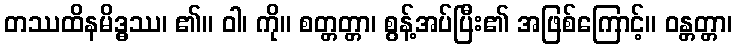
တဿထိနမိဒ္ဓဿ၊ ၏။ ဝါ၊ ကို။ စတ္တတ္တာ၊ စွန့်အပ်ပြီး၏ အဖြစ်ကြောင့်။ ဝန္တတ္တာ၊